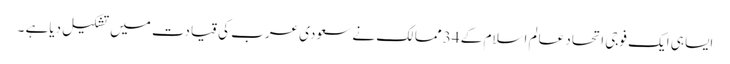
ایسا ہی ایک فوجی اتحاد عالم اسلام کے 34 ممالک نے سعودی عرب کی قیادت میں تشکیل دیاہے ۔